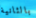
بالثانية